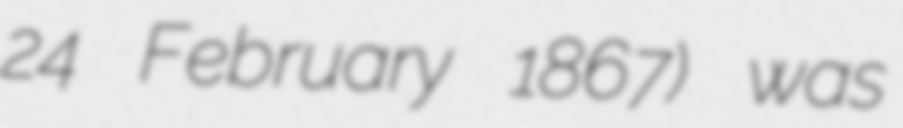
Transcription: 24 February 1867) was